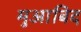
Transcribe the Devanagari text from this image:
मुआबिद